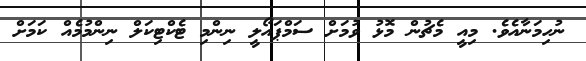
ނުހިމަނާއެވެ. މިއީ މެޗުން މޮޅު ވުމަށް ސަމްޕައޯލީ ނިންމި ޓެކްޓިކަލް ނިންމުމެއް ކަމަށް